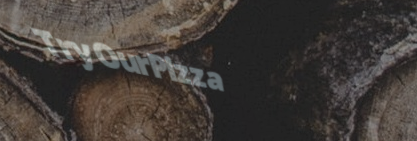
TryOurPizza